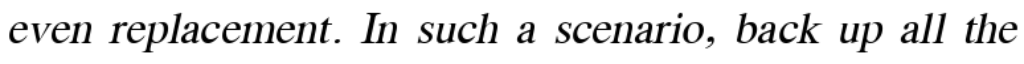
even replacement. In such a scenario, back up all the